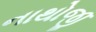
નાથોજી